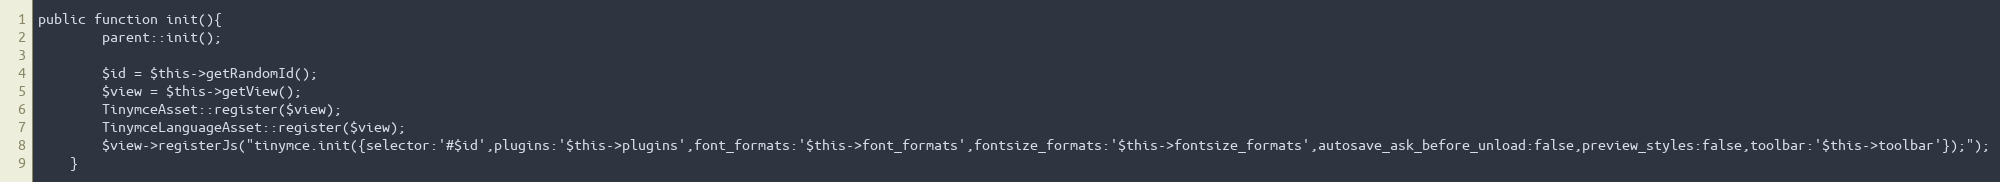
Language: PHP
public function init(){
		parent::init();

		$id = $this->getRandomId();
		$view = $this->getView();
		TinymceAsset::register($view);
		TinymceLanguageAsset::register($view);
		$view->registerJs("tinymce.init({selector:'#$id',plugins:'$this->plugins',font_formats:'$this->font_formats',fontsize_formats:'$this->fontsize_formats',autosave_ask_before_unload:false,preview_styles:false,toolbar:'$this->toolbar'});");
	}